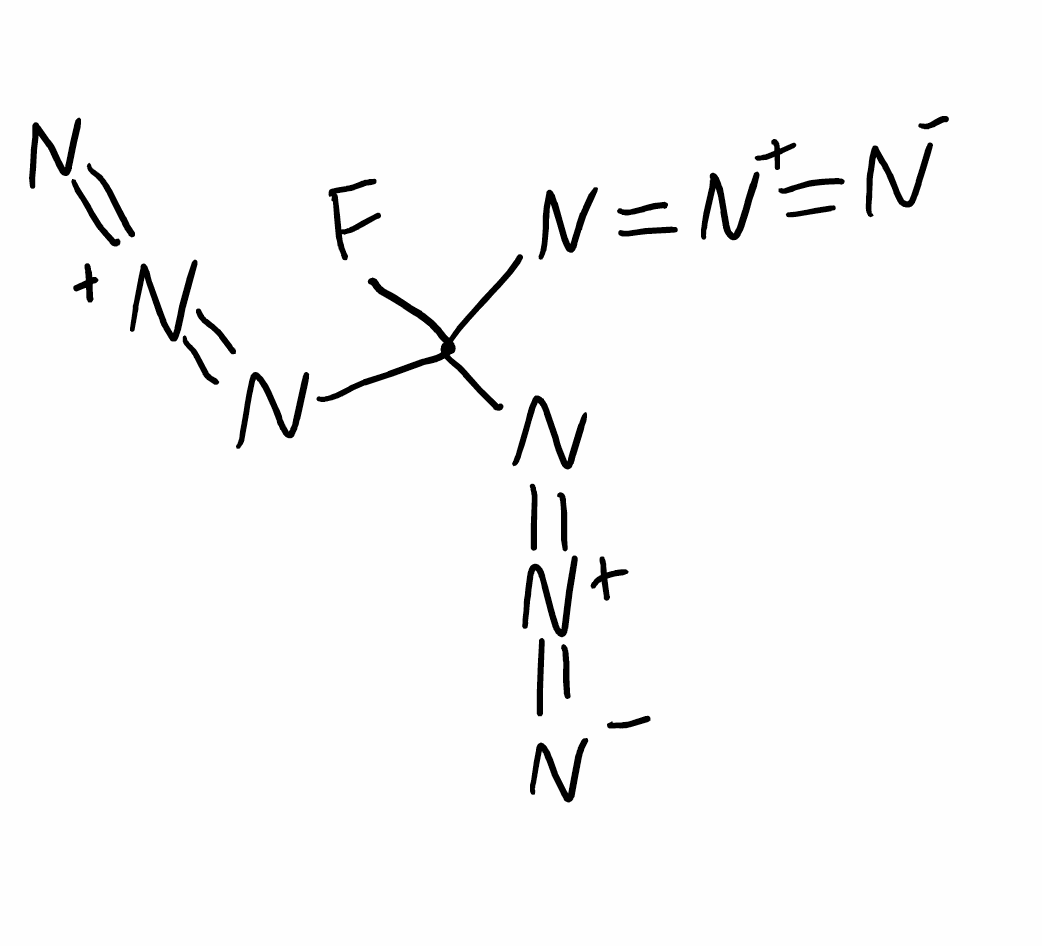
Simplified molecular-input line-entry system (SMILES) notation of the given molecule:
C(N=[N+]=[N-])(N=[N+]=[N-])(N=[N+]=[N-])F